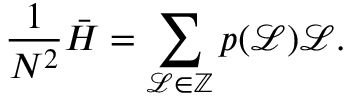
\frac { 1 } { N ^ { 2 } } \Bar { H } = \sum _ { \mathcal { L } \in \mathbb { Z } } p ( \mathcal { L } ) \mathcal { L } .